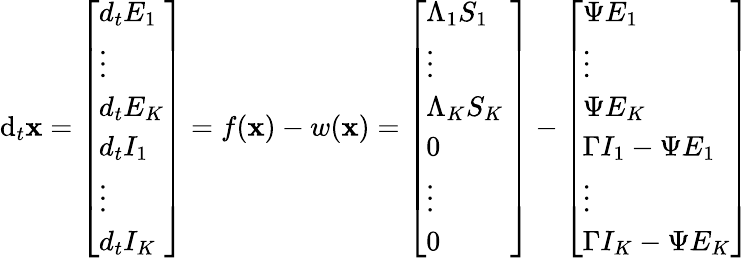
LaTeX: \mathrm{d}_{t}\mathbf{{x}}=\left[\begin{array}{l}{d_{t}E_{1}}\\ {\vdots}\\ {d_{t}E_{K}}\\ {d_{t}I_{1}}\\ {\vdots}\\ {d_{t}I_{K}}\end{array}\right]=f(\mathbf{{x}})-w(\mathbf{{x}})=\left[\begin{array}{l}{\Lambda_{1}S_{1}}\\ {\vdots}\\ {\Lambda_{K}S_{K}\ }\\ {0}\\ {\vdots}\\ {0}\end{array}\right]-\left[\begin{array}{l}{\Psi E_{1}}\\ {\vdots}\\ {\Psi E_{K}}\\ {\Gamma I_{1}-\Psi E_{1}}\\ {\vdots}\\ {\Gamma I_{K}-\Psi E_{K}}\end{array}\right]